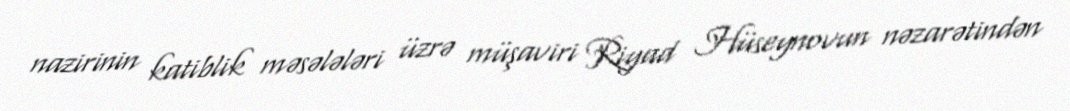
nazirinin katiblik məsələləri üzrə müşaviri Riyad Hüseynovun nəzarətindən